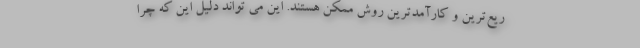
ریع‌ترین و کارآمدترین روش ممکن هستند. این می تواند دلیل این که چرا